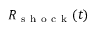
R _ { \mathrm { ~ s ~ h ~ o ~ c ~ k ~ } } ( t )